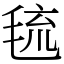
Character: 㲙